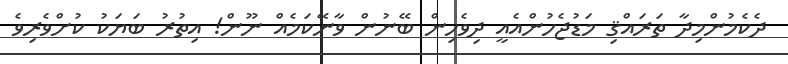
ދެކެމުންމިދާ ތަރައްޤި މަޑުޖެހުންއެއީ ދިވެހިން ބޭނުން ވާނޭކަމެއް ނޫން! އިތުރު ބަޔަކު ކުށްވެރިވެ